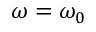
\omega = \omega _ { 0 }